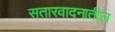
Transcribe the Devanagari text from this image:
सतारवादनातील